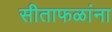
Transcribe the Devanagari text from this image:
सीताफळांना